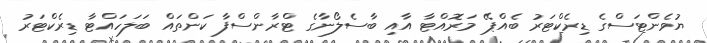
ޔުވެންޓަސްގެ ޑިރެކްޓަރު ބެއްޕޭ މަރޮއްޓާ އާއި ބާސެލޯނާގެ ޓްރާންސްފާ ކަންތައް ބަލަހައްޓާ ޑިރެކްޓަރު